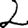
Digit: 2